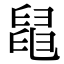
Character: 𦦁